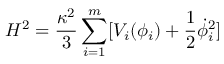
H ^ { 2 } = \frac { \kappa ^ { 2 } } { 3 } \sum _ { i = 1 } ^ { m } [ V _ { i } ( \phi _ { i } ) + \frac { 1 } { 2 } \dot { \phi } _ { i } ^ { 2 } ]